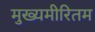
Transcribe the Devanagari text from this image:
मुख्यमीरितम